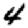
Digit: 4